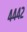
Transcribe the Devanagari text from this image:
४४४२